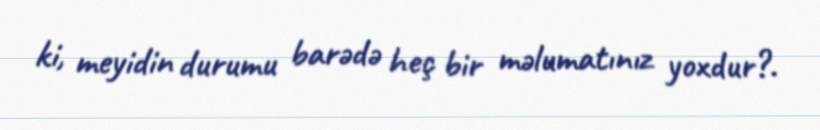
ki, meyidin durumu barədə heç bir məlumatınız yoxdur?.